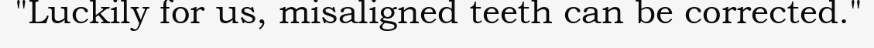
"Luckily for us, misaligned teeth can be corrected."